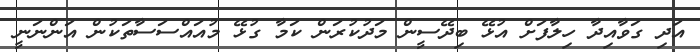
އަދި ގަވާއިދާ ހިލާފަށް އުޅޭ ބިދޭސީން މަދުކުރަން ކަމާ ގުޅޭ މުއައްސަސާތަކުން އަންނަނީ